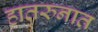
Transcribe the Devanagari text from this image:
हातरुनात